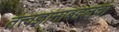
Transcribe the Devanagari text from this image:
तत्त्वज्ञानाबद्दलचा